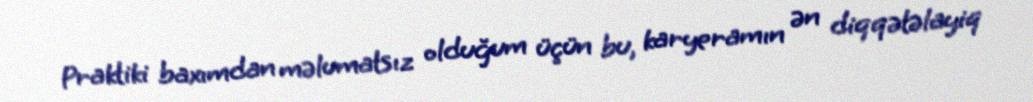
Praktiki baxımdan məlumatsız olduğum üçün bu, karyeramın ən diqqətəlayiq